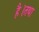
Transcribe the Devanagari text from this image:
है।तथा